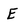
Character: E